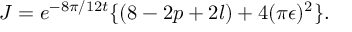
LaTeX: J = e ^ { - 8 \pi / 1 2 t } \{ ( 8 - 2 p + 2 l ) + 4 ( \pi \epsilon ) ^ { 2 } \} .